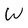
Character: W